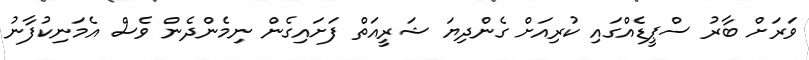
ވަރަށް ބާރު ސްޕީޑެއްގައި ކުރިއަށް ގެންދިޔަ ޝަރީއަތް ފަށައިގެން ނިމެންދެން ވެސް އެމަނިކުފާނު